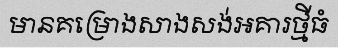
មានគម្រោងសាងសង់អគារថ្មីធំ